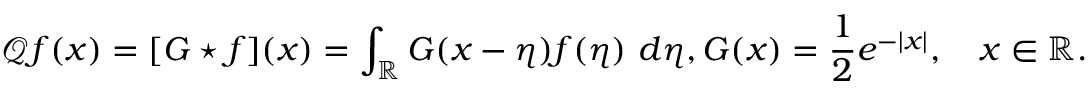
\mathscr { Q } f ( x ) = [ G \star f ] ( x ) = \int _ { \mathbb R } G ( x - \eta ) f ( \eta ) \ d \eta , G ( x ) = \frac { 1 } { 2 } e ^ { - | x | } , \quad x \in \mathbb R .